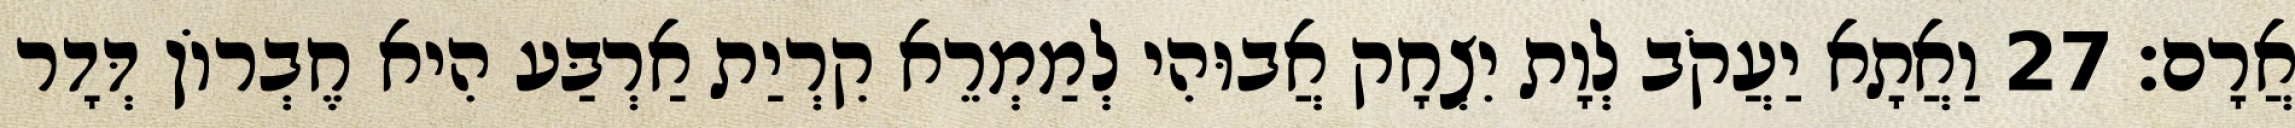
אֲרָם׃ 27 וַאֲתָא יַעֲקֹב לְוָת יִצְחָק אֲבוּהִי לְמַמְרֵא קִרְיַת אַרְבַּע הִיא חֶבְרוֹן דְּדָר